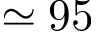
\simeq 9 5